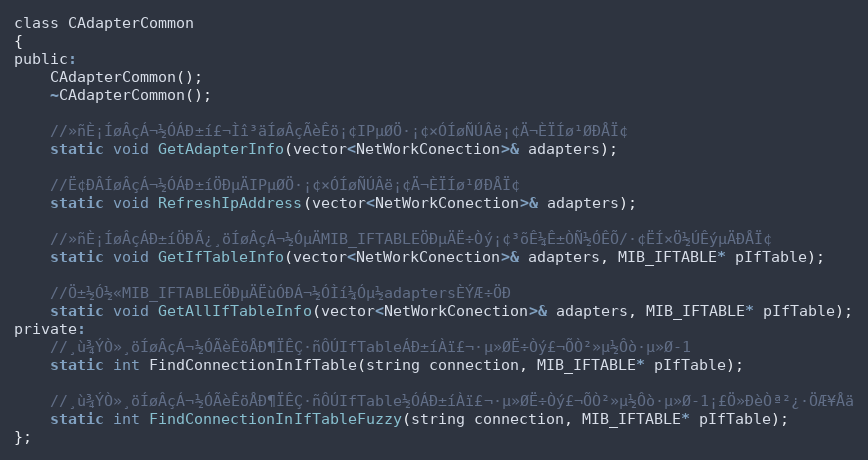
Language: C
class CAdapterCommon
{
public:
	CAdapterCommon();
	~CAdapterCommon();

	//»ñÈ¡ÍøÂçÁ¬½ÓÁÐ±í£¬Ìî³äÍøÂçÃèÊö¡¢IPµØÖ·¡¢×ÓÍøÑÚÂë¡¢Ä¬ÈÏÍø¹ØÐÅÏ¢
	static void GetAdapterInfo(vector<NetWorkConection>& adapters);

	//Ë¢ÐÂÍøÂçÁ¬½ÓÁÐ±íÖÐµÄIPµØÖ·¡¢×ÓÍøÑÚÂë¡¢Ä¬ÈÏÍø¹ØÐÅÏ¢
	static void RefreshIpAddress(vector<NetWorkConection>& adapters);

	//»ñÈ¡ÍøÂçÁÐ±íÖÐÃ¿¸öÍøÂçÁ¬½ÓµÄMIB_IFTABLEÖÐµÄË÷Òý¡¢³õÊ¼Ê±ÒÑ½ÓÊÕ/·¢ËÍ×Ö½ÚÊýµÄÐÅÏ¢
	static void GetIfTableInfo(vector<NetWorkConection>& adapters, MIB_IFTABLE* pIfTable);

	//Ö±½Ó½«MIB_IFTABLEÖÐµÄËùÓÐÁ¬½ÓÌí¼Óµ½adaptersÈÝÆ÷ÖÐ
	static void GetAllIfTableInfo(vector<NetWorkConection>& adapters, MIB_IFTABLE* pIfTable);
private:
	//¸ù¾ÝÒ»¸öÍøÂçÁ¬½ÓÃèÊöÅÐ¶ÏÊÇ·ñÔÚIfTableÁÐ±íÀï£¬·µ»ØË÷Òý£¬ÕÒ²»µ½Ôò·µ»Ø-1
	static int FindConnectionInIfTable(string connection, MIB_IFTABLE* pIfTable);

	//¸ù¾ÝÒ»¸öÍøÂçÁ¬½ÓÃèÊöÅÐ¶ÏÊÇ·ñÔÚIfTable½ÓÁÐ±íÀï£¬·µ»ØË÷Òý£¬ÕÒ²»µ½Ôò·µ»Ø-1¡£Ö»ÐèÒª²¿·ÖÆ¥Åä
	static int FindConnectionInIfTableFuzzy(string connection, MIB_IFTABLE* pIfTable);
};